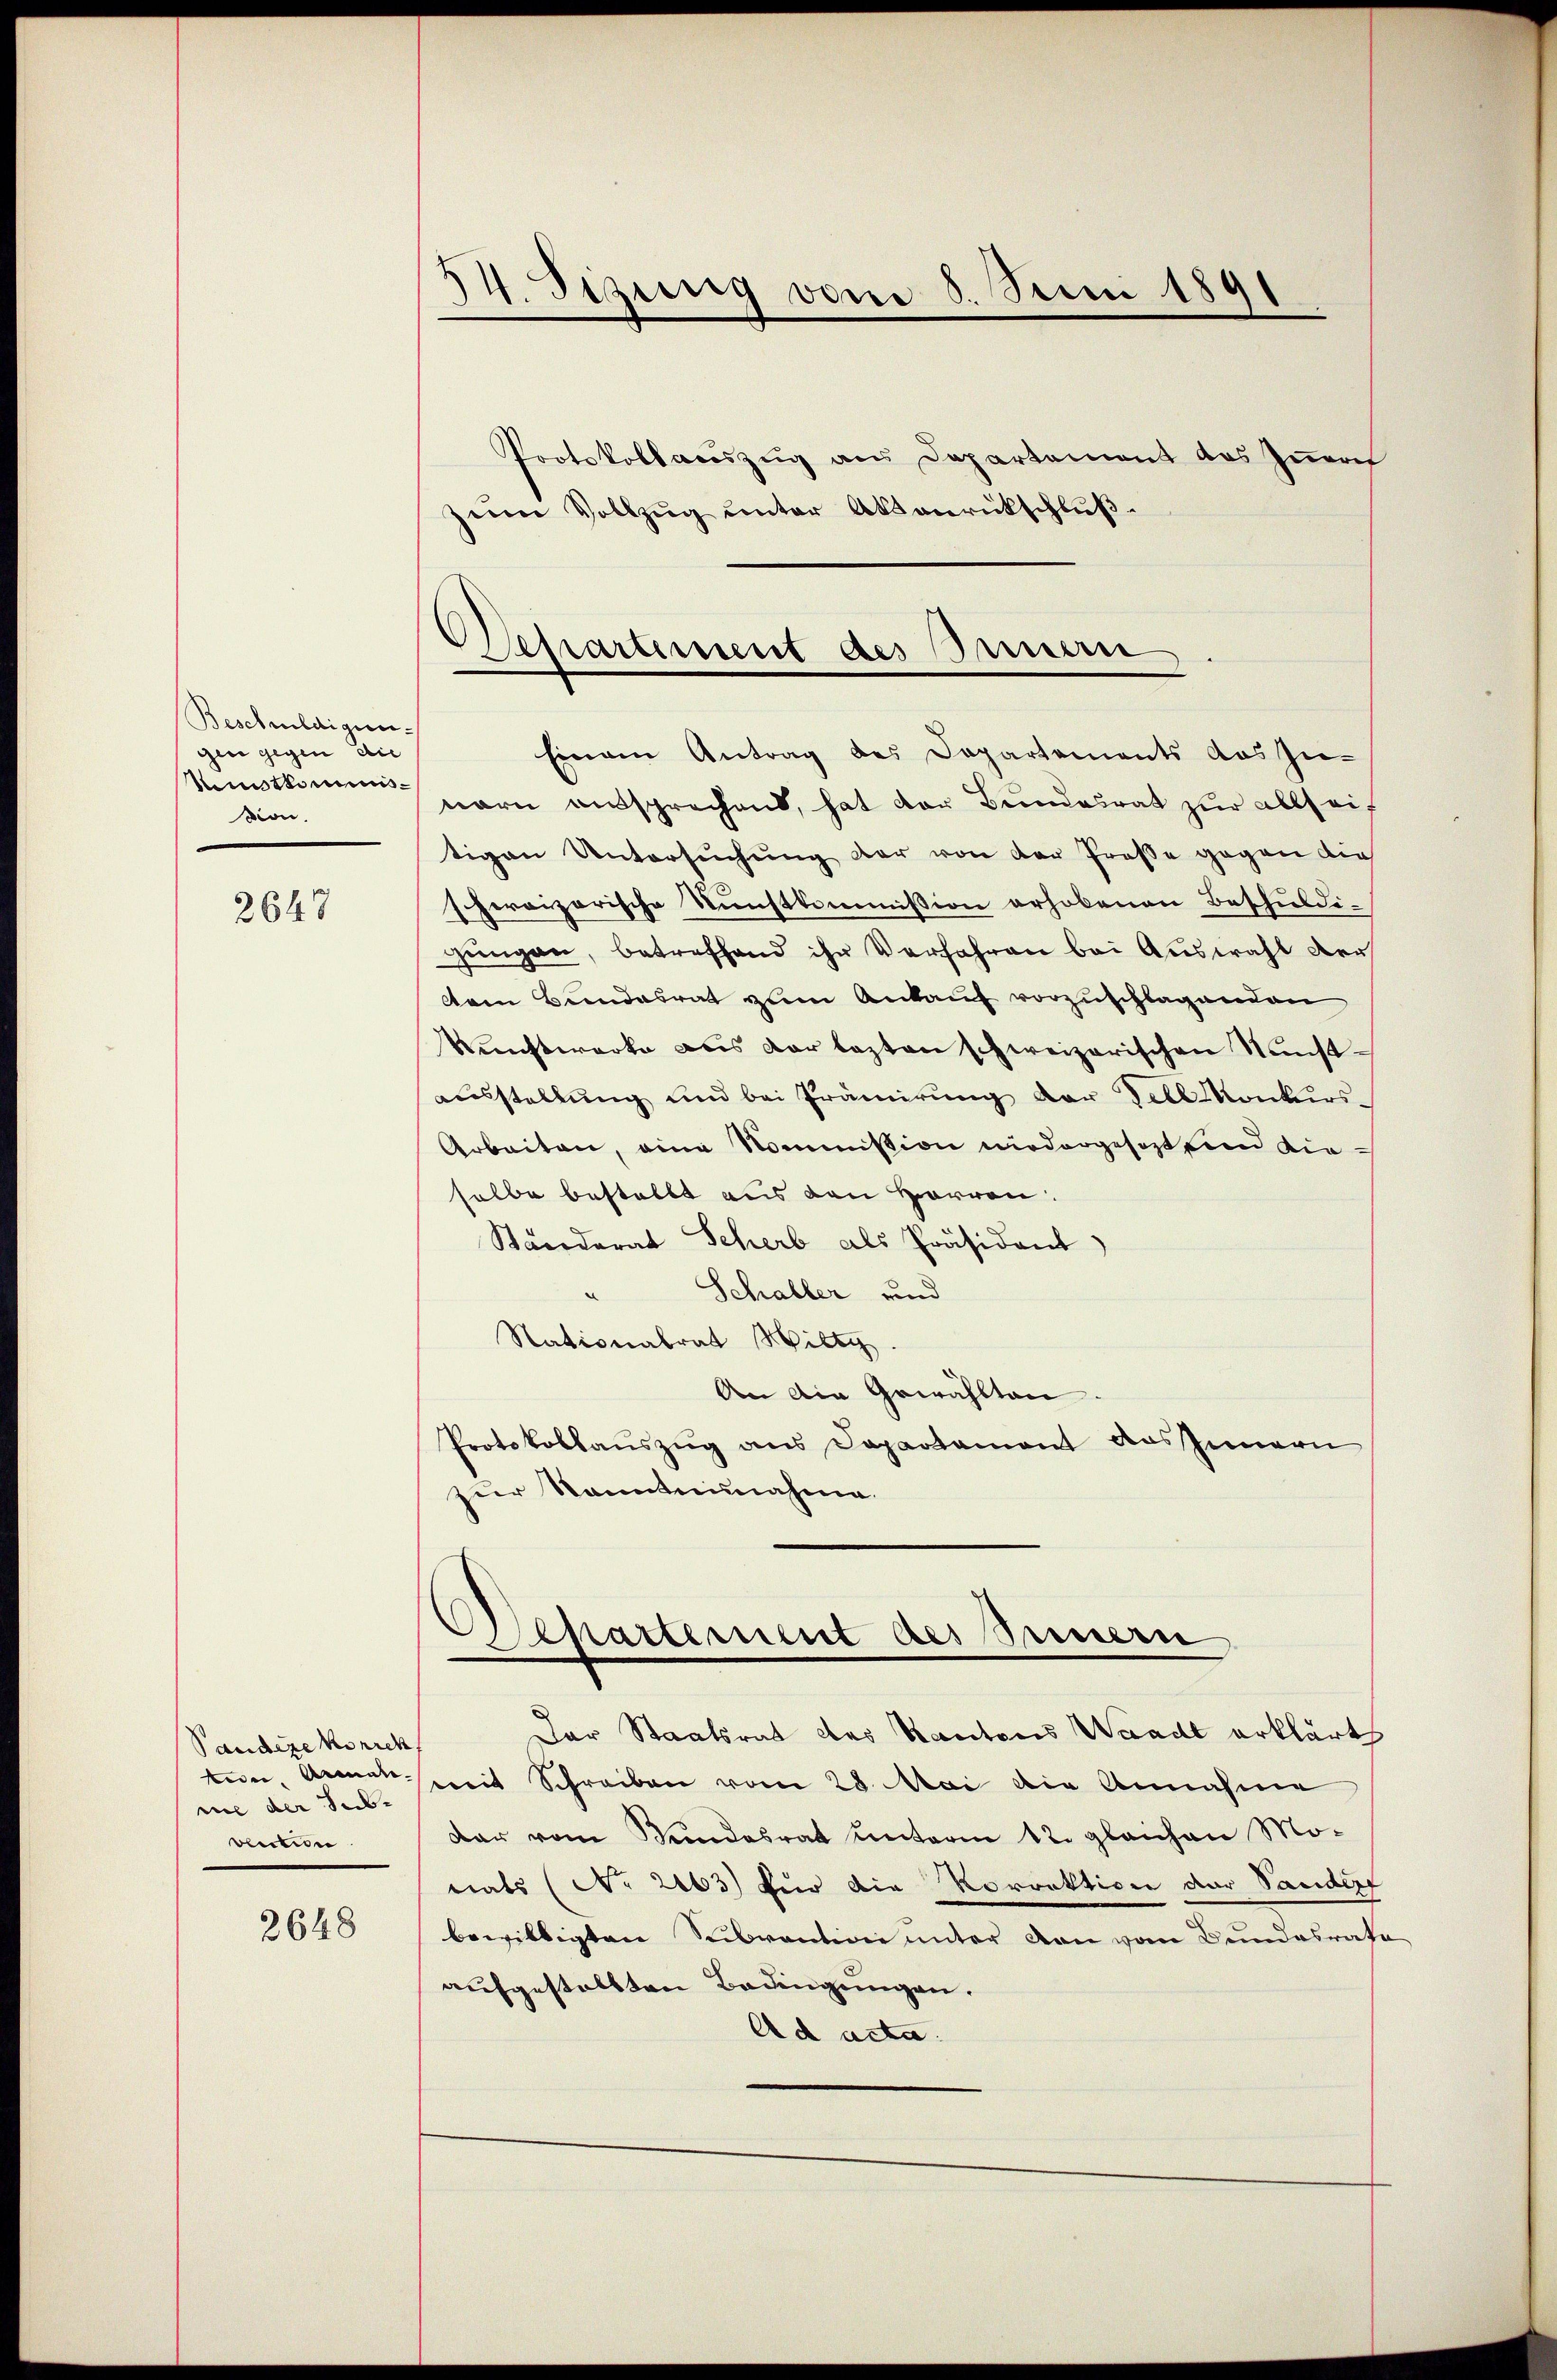
Beschuldigun
gen gegen die
Kustkommission.

2647

Pandere Korrek
me der Sub-
vlection

2648

34. Sizung vom 8. Juni 1891

Protokollauszug aus Departement des Iṅern
zu Vollzug unter Aktenrickschluß.
Departement des Innern

Einem Antrag des Departements das In-

nern aussprechend, hat der Bundesrat zur allseit
tigen Untersuchung der von der Prose gegen die
Iheroizerische Kunstkommission erhobenen Beschuldigŭngen, betreffend ihr Verfahren bei Auswahl der
dtem Bundesrat zum Ankauf vorzuschlagenden
Nŭnstwerke aus der lezten schweizerischen Sunstausstellung und bei Prämirung der Fell Konkurs-
Arbeiten, eine Noministion niedergesezt und diesalbe bestellt aus den Herren:
Starderat Scherb als Präsident
Schaller und
Nationalrat Mitg
An die Gewählten.
Protokollaŭszŭg ans Departament das Innern
zur kanntennahme.
Separtement des Sinnern
Der Staatsrat des Kantons Waadt erklärt
ten Anna mit Schreiben vom 28. Mai die Annahme
dar vom Kundesrat unterm 12. gleichen Monats (No 2163) für die Korrektion der Sander
bewilligten Subvention unter von vom Bundesrate
aufgestellten Bedingungen.
Ad acta